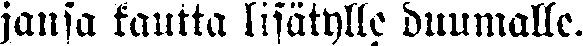
jansa kautta lisätylle duumalle.